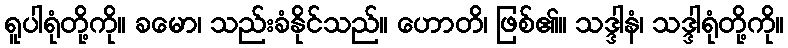
ရူပါရုံတို့ကို။ ခမော၊ သည်းခံနိုင်သည်။ ဟောတိ၊ ဖြစ်၏။ သဒ္ဒါနံ၊ သဒ္ဒါရုံတို့ကို။